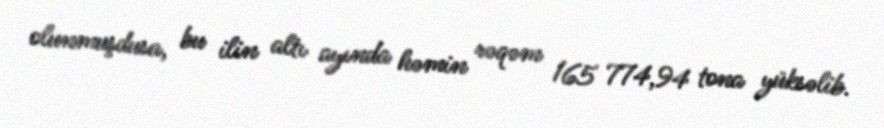
olunmuşdusa, bu ilin altı ayında həmin rəqəm 165 774,94 tona yüksəlib.